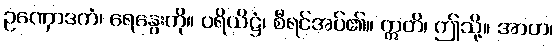
ဥဏှောဒကံ၊ ရေနွေးကို။ ပရိယိဋ္ဌံ၊ စီရင်အပ်၏။ ဣတိ၊ ဤသို့။ အာဟ၊